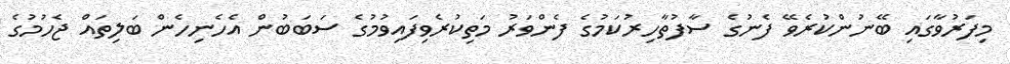
މިފަރުވާގައި ބޭނުންކުރެވޭ ފެނުގެ ސާފުތާހިރުކަމުގެ ފެންވަރު މަތިކުރެވިފައިވުމުގެ ސަބަބުން އެހެނިހެން ބަލިތައް ޖެހުމުގެ